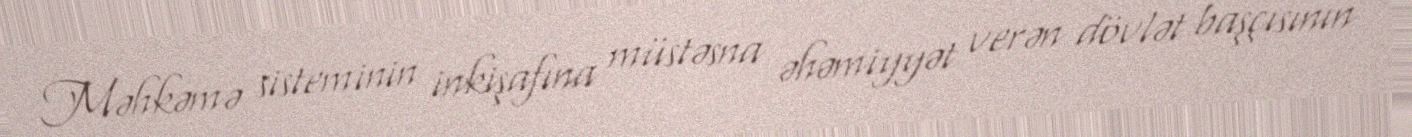
Məhkəmə sisteminin inkişafına müstəsna əhəmiyyət verən dövlət başçısının